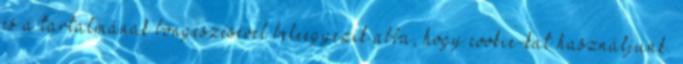
és a tartalmának böngészésével beleegyezik abba, hogy cookie-kat használjunk.